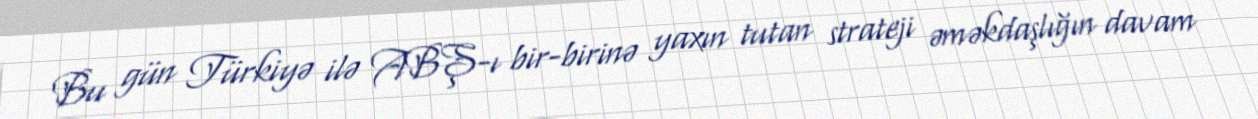
Bu gün Türkiyə ilə ABŞ-ı bir-birinə yaxın tutan strateji əməkdaşlığın davam